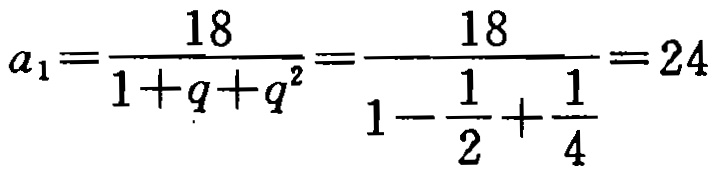
\[a_{1}=\frac{18}{1 + q + q^{2}}=\frac{18}{1-\frac{1}{2}+\frac{1}{4}}=24\]